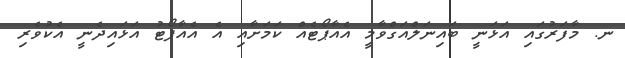
ނ. މާފަރުގައި އަޅަނީ ބައިނަލްއަގްވާމީ އެއާޕޯޓެއް ކަމަށާއި އެ އެއާޕޯޓު އަޅައިދެނީ އެކުވެރި